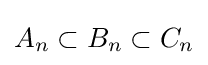
A_{n}\subset B_{n}\subset C_{n}